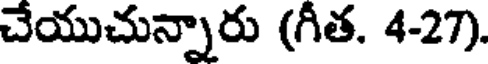
చేయుచున్నారు (గీత. 4-27).